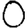
Digit: 0